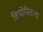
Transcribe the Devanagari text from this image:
हिपोस्तिला